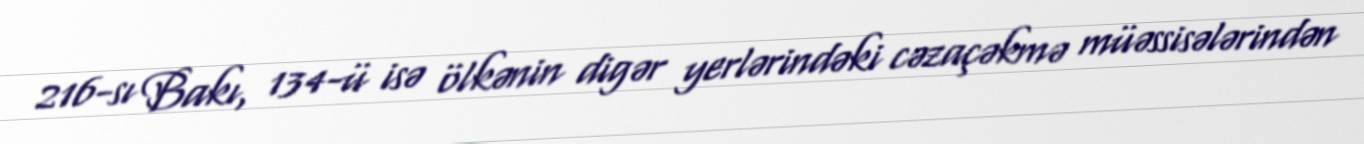
216-sı Bakı, 134-ü isə ölkənin digər yerlərindəki cəzaçəkmə müəssisələrindən